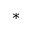
^ *